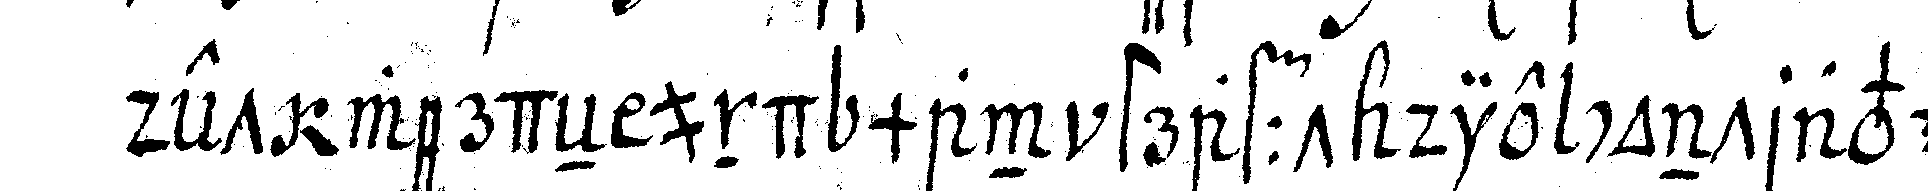
det werdeN und man strafft die contraveni